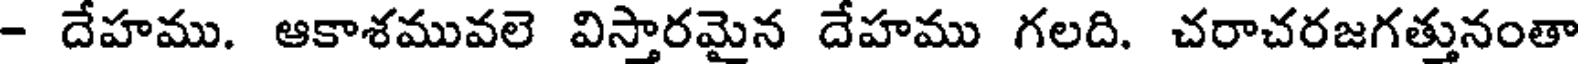
- దేహము. ఆకాశమువలె విస్తారమైన దేహము గలది. చరాచరజగత్తునంతా